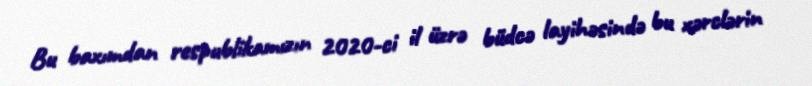
Bu baxımdan respublikamızın 2020-ci il üzrə büdcə layihəsində bu xərclərin